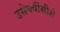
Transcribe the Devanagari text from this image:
उसेक्वींस्रीशे